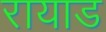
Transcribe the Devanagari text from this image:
रायाड